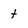
Character: t